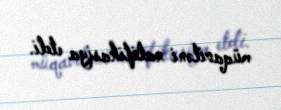
müqaviləni ratifikasiya etdi.